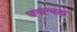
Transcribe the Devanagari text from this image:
जगल्यास